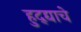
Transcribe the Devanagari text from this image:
हुद्द्याचे